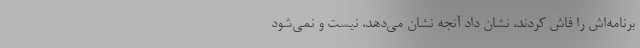
برنامه‌اش را فاش کردند، نشان داد آنجه نشان می‌دهد، نیست و نمی‌شود